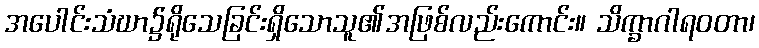
အပေါင်းသံဃာ၌ရိုသေခြင်းရှိသောသူ၏အဖြစ်လည်းကောင်း။ သိက္ခာဂါရဝတာ၊